Vaccination report Assam 1896-1927 - 1896-1927
Year: 1896
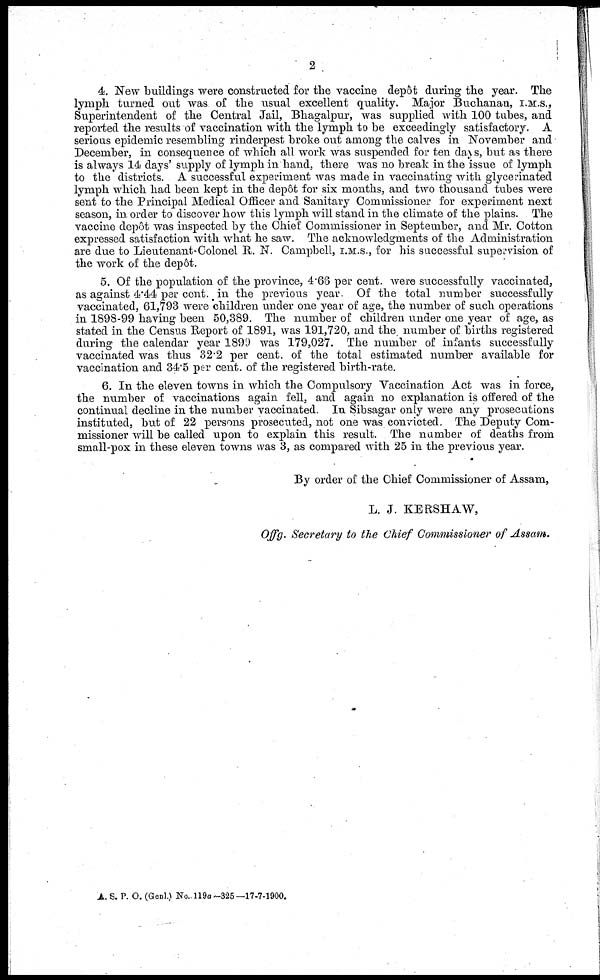
2
4. New buildings were constructed for the vaccine depôt during the year. The
lymph turned out was of the usual excellent quality. Major Buchanan, I.M.S.,
Superintendent of the Central Jail, Bhagalpur, was supplied with 100 tubes, and
reported the results of vaccination with the lymph to be exceedingly satisfactory. A
serious epidemic resembling rinderpest broke out among the calves in November and
December, in consequence of which all work was suspended for ten days, but as there
is always 14 days' supply of lymph in hand, there was no break in the issue of lymph
to the districts. A successful experiment was made in vaccinating with glycerinated
lymph which had been kept in the depôt for six months, and two thousand tubes were
sent to the Principal Medical Officer and Sanitary Commissioner for experiment next
season, in order to discover how this lymph will stand in the climate of the plains. The
vaccine depôt was inspected by the Chief Commissioner in September, and Mr. Cotton
expressed satisfaction with what he saw. The acknowledgments of the Administration
are due to Lieutenant-Colonel R. N. Campbell, I.M.S., for his successful supervision of
the work of the depôt.
5. Of the population of the province, 4.66 per cent. were successfully vaccinated,
as against 4.44 per cent. in the previous year. Of the total number successfully
vaccinated, 61,793 were children under one year of age, the number of such operations
in 1898-99 having been 50,389. The number of children under one year of age, as
stated in the Census Report of 1891, was 191,720, and the number of births registered
during the calendar year 1899 was 179,027. The number of infants successfully
vaccinated was thus 32.2 per cent. of the total estimated number available for
vaccination and 34.5 per cent. of the registered birth-rate.
6. In the eleven towns in which the Compulsory Vaccination Act was in force,
the number of vaccinations again fell, and again no explanation is offered of the
continual decline in the number vaccinated. In Sibsagar only were any prosecutions
instituted, but of 22 persons prosecuted, not one was convicted. The Deputy Com-
missioner will be called upon to explain this result. The number of deaths from
small-pox in these eleven towns was 3, as compared with 25 in the previous year.
By order of the Chief Commissioner of Assam,
L. J. KERSHAW,
Offg. Secretary to the Chief Commissioner of Assam.
A. S. P. O. (Genl.) No. 119a—325—17-7-1900.